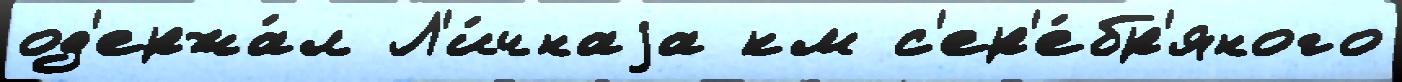
од'ержа́л Л'и́чнаjа км с'ер'е́бр'яного